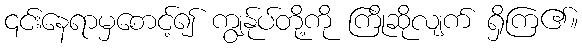
၎င်းနေရာမှစောင့်၍ ကျွန်ုပ်တို့ကို ကြိုဆိုလျက် ရှိကြ၏။